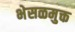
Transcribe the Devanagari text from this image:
भेसळमुक्त